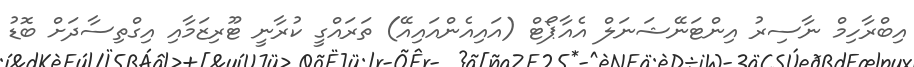
އިބްރާހިމް ނާސިރު އިންޓަނޭޝަނަލް އެއާޕޯޓް (އައިއެންއައިއޭ) ތަރައްގީ ކުރާނީ ޓޫރިޒަމާއި އިގްތިސާދަށް ބޮޑު